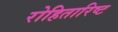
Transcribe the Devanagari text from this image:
रोहितारिष्ट